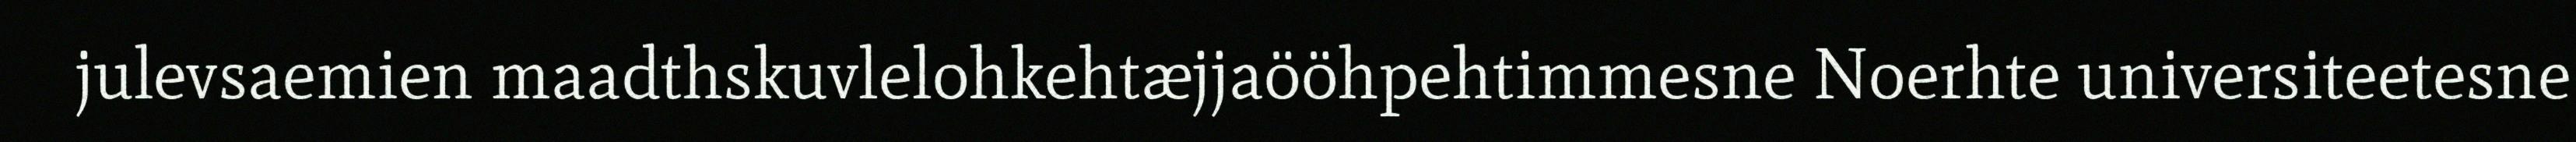
julevsaemien maadthskuvlelohkehtæjjaööhpehtimmesne Noerhte universiteetesne